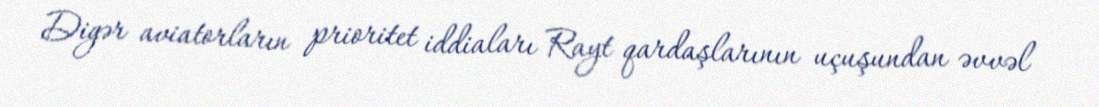
Digər aviatorların prioritet iddiaları Rayt qardaşlarının uçuşundan əvvəl